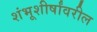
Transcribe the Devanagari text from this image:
शंभूशीर्षांवरील